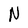
Character: N